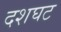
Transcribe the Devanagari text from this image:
दशघट